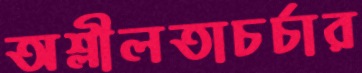
অশ্লীলতাচর্চার